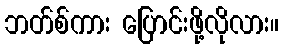
ဘတ်စ်ကား ပြောင်းဖို့လိုလား။